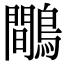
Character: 鷼